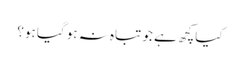
کیاکچھ ہے جو تباہ نہ ہو گیا ہو؟